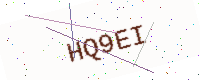
Text: HQ9EI